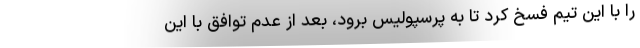
را با این تیم فسخ کرد تا به پرسپولیس برود، بعد از عدم توافق با این